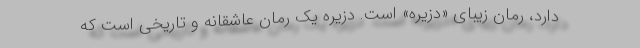
دارد، رمان زیبای «دزیره» است. دزیره یک رمان عاشقانه و تاریخی است که